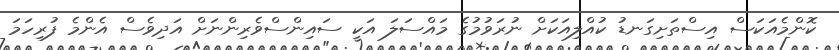
ކޮންމެއަކަސް އިސްތަށިގަނޑު ކުއްލިއަކަށް ނުރަވުމުގެ މައްސަލަ އަކީ ސައިންސްވެރިންނަށް އަދިވެސް އެންމެ ފުރިހަމަ